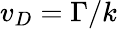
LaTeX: v_{D}=\Gamma/k